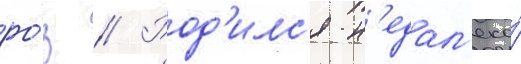
ро́з // Род'илс'я н'едал'еко́